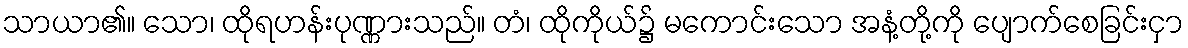
သာယာ၏။ သော၊ ထိုရဟန်းပုဏ္ဏားသည်။ တံ၊ ထိုကိုယ်၌ မကောင်းသော အနံ့တို့ကို ပျောက်စေခြင်းငှာ